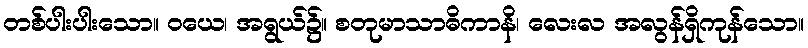
တစ်ပါးပါးသော။ ဝယေ၊ အရွယ်၌။ စတုမာသာဓိကာနိ၊ လေးလ အလွန်ရှိကုန်သော။